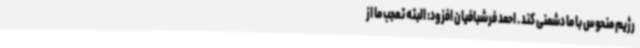
رژیم منحوس با ما دشمنی کند . احمد فرشبافیان افزود: البته تعجب ما از